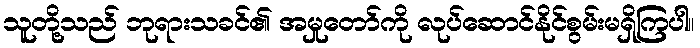
သူတို့သည် ဘုရားသခင်၏ အမှုတော်ကို လုပ်ဆောင်နိုင်စွမ်းမရှိကြပါ။